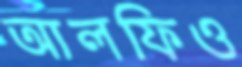
আলফিও